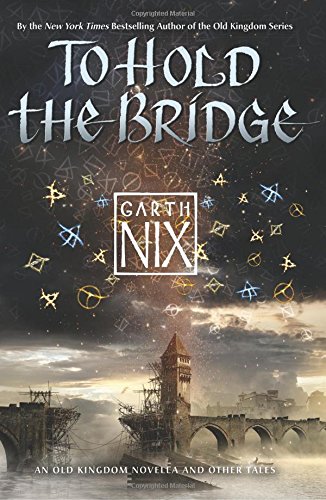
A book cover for To Hold the Bridge; Garth Nix; Teen & Young Adult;